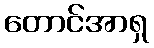
တောင်အာရှ